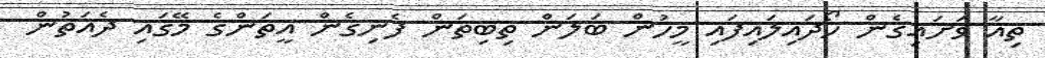
ތިއާ ވަށައިގެން ހޯދައިލައިފައި މީހުން ބަލަން ތިބިތަން ފެނިގެން އީތަންގެ މޭގައި ދެއަތުން